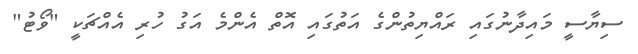
ސިޔާސީ މައިދާނުގައި ރައްޔިތުންގެ އަތުގައި އޮތް އެންމެ އަގު ހުރި އެއްޗަކީ "ވޯޓު"